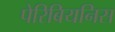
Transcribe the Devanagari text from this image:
पेरिबियनिस